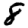
Digit: 8